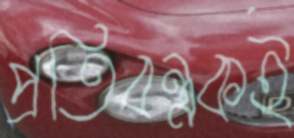
প্রতিবন্ধকই